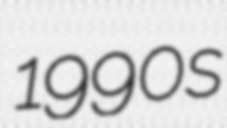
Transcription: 1990s